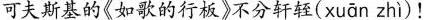
可夫斯基的《如歌的行板》不分轩轾( xuān zhì )！